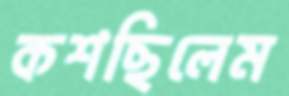
কশছিলেম